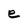
Character: e